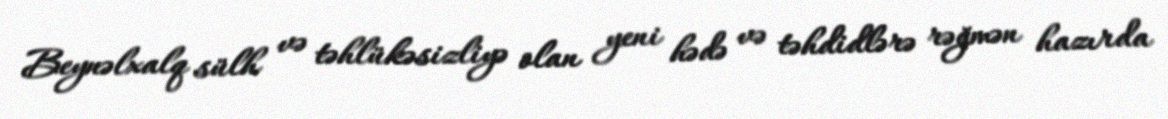
Beynəlxalq sülh və təhlükəsizliyə olan yeni hədə və təhdidlərə rəğmən hazırda